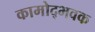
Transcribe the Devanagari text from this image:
कामोद्भवक